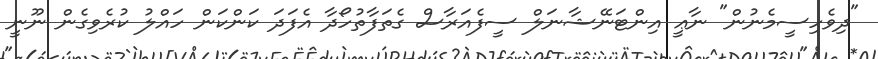
"ދިވެހިސީމެނުން" ނާޢީ އިންޓަނޭޝާނަލް ސީފެއަރާސް ގެތަފާތުހޯދާ އެފަދަ ކަންކަން ހައްލު ކުރެވިގެން ނޫނީ